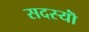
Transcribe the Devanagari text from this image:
सदस्यॊं